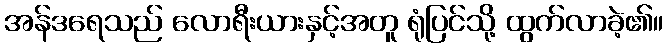
အန်ဒရေသည် လောရီးယားနှင့်အတူ ရုံပြင်သို့ ထွက်လာခဲ့၏။